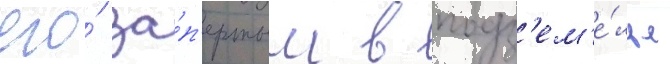
его́ за́п'ертым в подз'ем'е́лье